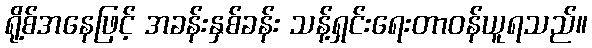
ရို့စ်အနေဖြင့် အခန်းနှစ်ခန်း သန့်ရှင်းရေးတာဝန်ယူရသည်။